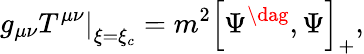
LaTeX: \left.g_{\mu\nu}T^{\mu\nu}\right|_{\xi=\xi_{c}}=m^{2}\left[\Psi^{\dag},\Psi\right]_{+},